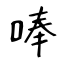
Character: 唪